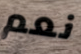
نعم